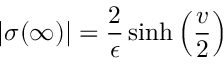
| \sigma ( \infty ) | = \frac { 2 } { \epsilon } \sinh \left( \frac { v } { 2 } \right)